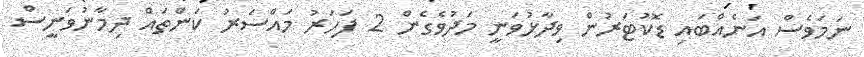
ނަމަވެސް އަނެއްބައި ޑޮކުޓަރުން ވިދާޅުވަނީ މަދުވެގެން 2 ފަހަރު މައްސަރު ކަންތައް ދިމާނުވަނީސް